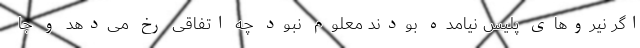
اگر نیروهای پلیس نیامده بودند معلوم نبود چه اتفاقی رخ می‌دهد و جا